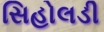
સિહોલડી